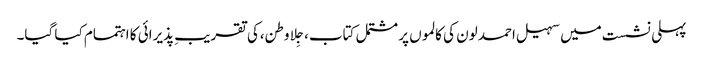
پہلی نشست میں سہیل احمد لون کی کالموں پر مشتمل کتاب،جِلا وطن،کی تقریبِ پذیرائی کا اہتمام کیا گیا۔